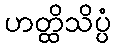
ဟတ္ထိသိပ္ပံ